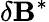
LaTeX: \delta\mathbf{B}^{*}